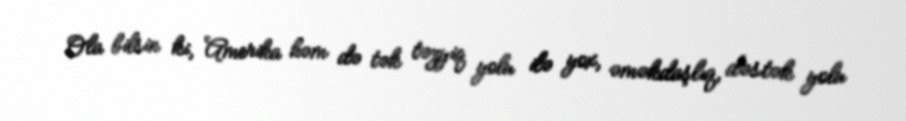
Ola bilsin ki, Amerika həm də tək təzyiq yolu ilə yox, əməkdaşlıq, dəstək yolu